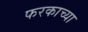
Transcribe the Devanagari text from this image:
फरकाच्या